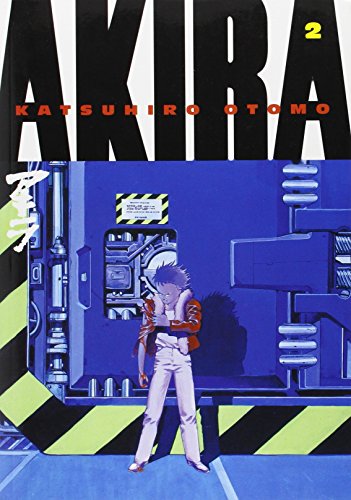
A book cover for Akira, Vol. 2; Katsuhiro Otomo; Comics & Graphic Novels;